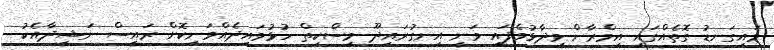
މައިގަނޑު ގޮތެއްގައި އިމްރާން ވިދާޅުވެފައި ވަނީ އިނގުރައިދޫ މިސްކިތް ހުޅުވައިދެއްވަނިކޮށް ރައީސް ނަޝީދާއެކު